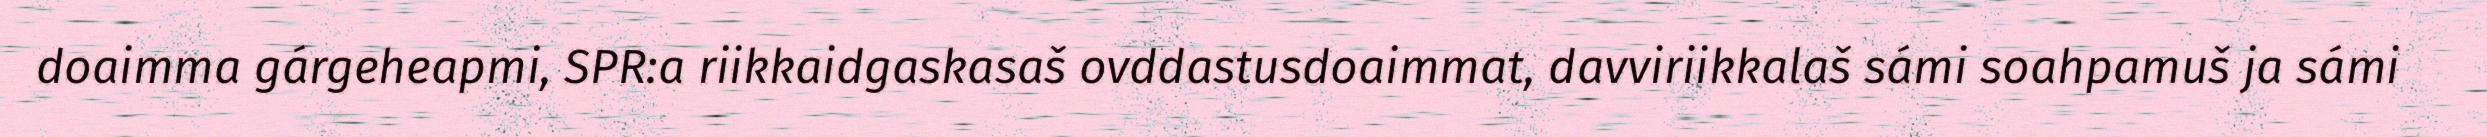
doaimma gárgeheapmi, SPR:a riikkaidgaskasaš ovddastusdoaimmat, davviriikkalaš sámi soahpamuš ja sámi